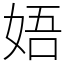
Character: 娪